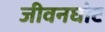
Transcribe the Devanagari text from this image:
जीवनघोट